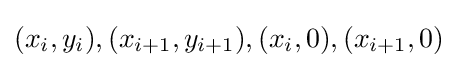
(x_{i},y_{i}),(x_{i+1},y_{i+1}),(x_{i},0),(x_{i+1},0)